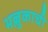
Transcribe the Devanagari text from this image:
भल्लुकाची